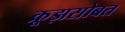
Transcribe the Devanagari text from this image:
क्रूझसोबत